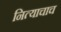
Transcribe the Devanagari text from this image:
नित्याचाच